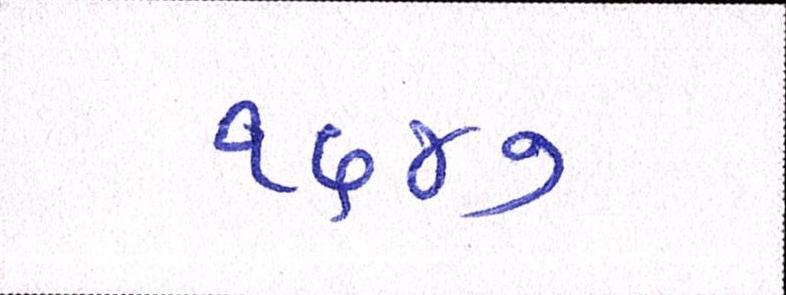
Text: ૧૬૪૭